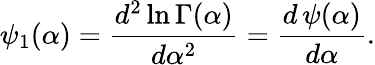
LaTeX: \psi_{1}(\alpha)={\frac{d^{2}\ln\Gamma(\alpha)}{d\alpha^{2}}}={\frac{d\, \psi(\alpha)}{d\alpha}}.